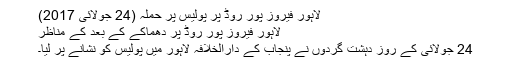
لاہور فیروز پور روڈ پر پولیس پر حملہ (24 جولائی 2017)
لاہور فیروز پور روڈ پر دھماکے کے بعد کے مناظر
24 جولائی کے روز دہشت گردوں نے پنجاب کے دارالخلافہ لاہور میں پولیس کو نشانے پر لیا۔